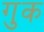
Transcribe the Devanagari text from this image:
गुक